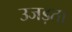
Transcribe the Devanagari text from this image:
उजड़ता